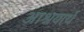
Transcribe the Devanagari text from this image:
आश्रयार्थ